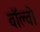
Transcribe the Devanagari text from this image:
वाॅल्वो